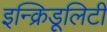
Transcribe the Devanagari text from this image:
इन्क्रिडूलिटी